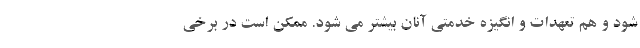
شود و هم تعهدات و انگیزه خدمتی آنان بیشتر می شود. ممکن است در برخی